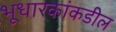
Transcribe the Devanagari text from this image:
भूधारकांकडील